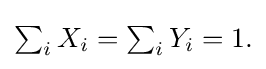
{\textstyle \sum _{i}X_{i}=\sum _{i}Y_{i}=1.}